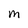
Character: M